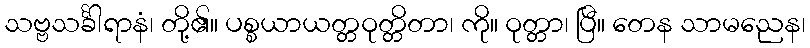
သဗ္ဗသင်္ခါရာနံ၊ တို့၏။ ပစ္စယာယတ္တဝုတ္တိတာ၊ ကို။ ဝုတ္တာ၊ ပြီ။ တေန သာမညေန၊